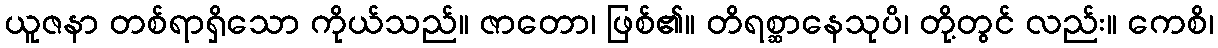
ယူဇနာ တစ်ရာရှိသော ကိုယ်သည်။ ဇာတော၊ ဖြစ်၏။ တိရစ္ဆာနေသုပိ၊ တို့တွင် လည်း။ ကေစိ၊